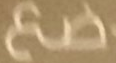
ضع